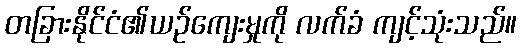
တခြားနိုင်ငံ၏ယဉ်ကျေးမှုကို လက်ခံ ကျင့်သုံးသည်။